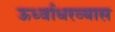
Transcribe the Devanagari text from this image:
ऊर्ध्वाधरव्यास